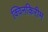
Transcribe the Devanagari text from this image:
क्विनकिरीम